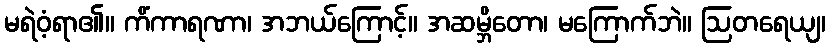
မရဲဝံ့ရာ၏။ ကိံကာရဏာ၊ အဘယ်ကြောင့်။ အဆမ္ဘိတော၊ မကြောက်ဘဲ။ ဩတရေယျ၊